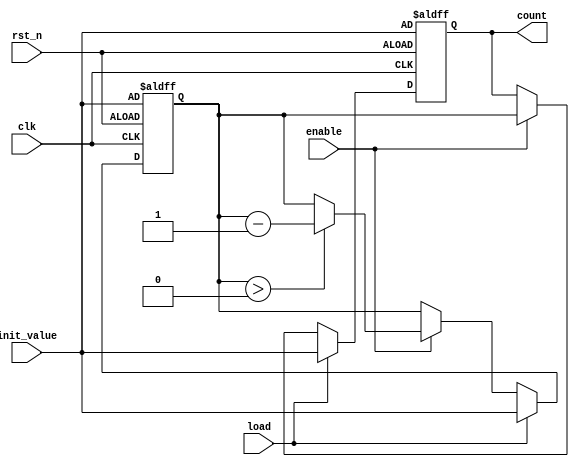
module MemoryBlocksDownCounter #(
    parameter WIDTH = 8 // Bit-width for the counter
)(
    input wire clk,               // Clock signal
    input wire rst_n,             // Asynchronous reset (active low)
    input wire enable,            // Enable signal for counting
    input wire load,              // Load signal to set initial value
    input wire [WIDTH-1:0] init_value, // Initial value to load
    output reg [WIDTH-1:0] count  // Current count value
);

    // Memory block to store the current count value
    reg [WIDTH-1:0] memory_block;

    // Asynchronous reset and loading logic
    always @(posedge clk or negedge rst_n) begin
        if (!rst_n) begin
            // Reset the counter to the initial value
            memory_block <= init_value;
            count <= init_value;
        end else if (load) begin
            // Load a new initial value into the counter
            memory_block <= init_value;
            count <= init_value;
        end else if (enable) begin
            // Counting logic: decrement the count if greater than zero
            if (memory_block > 0) begin
                memory_block <= memory_block - 1;
            end
            count <= memory_block; // Update the output count
        end
    end

endmodule